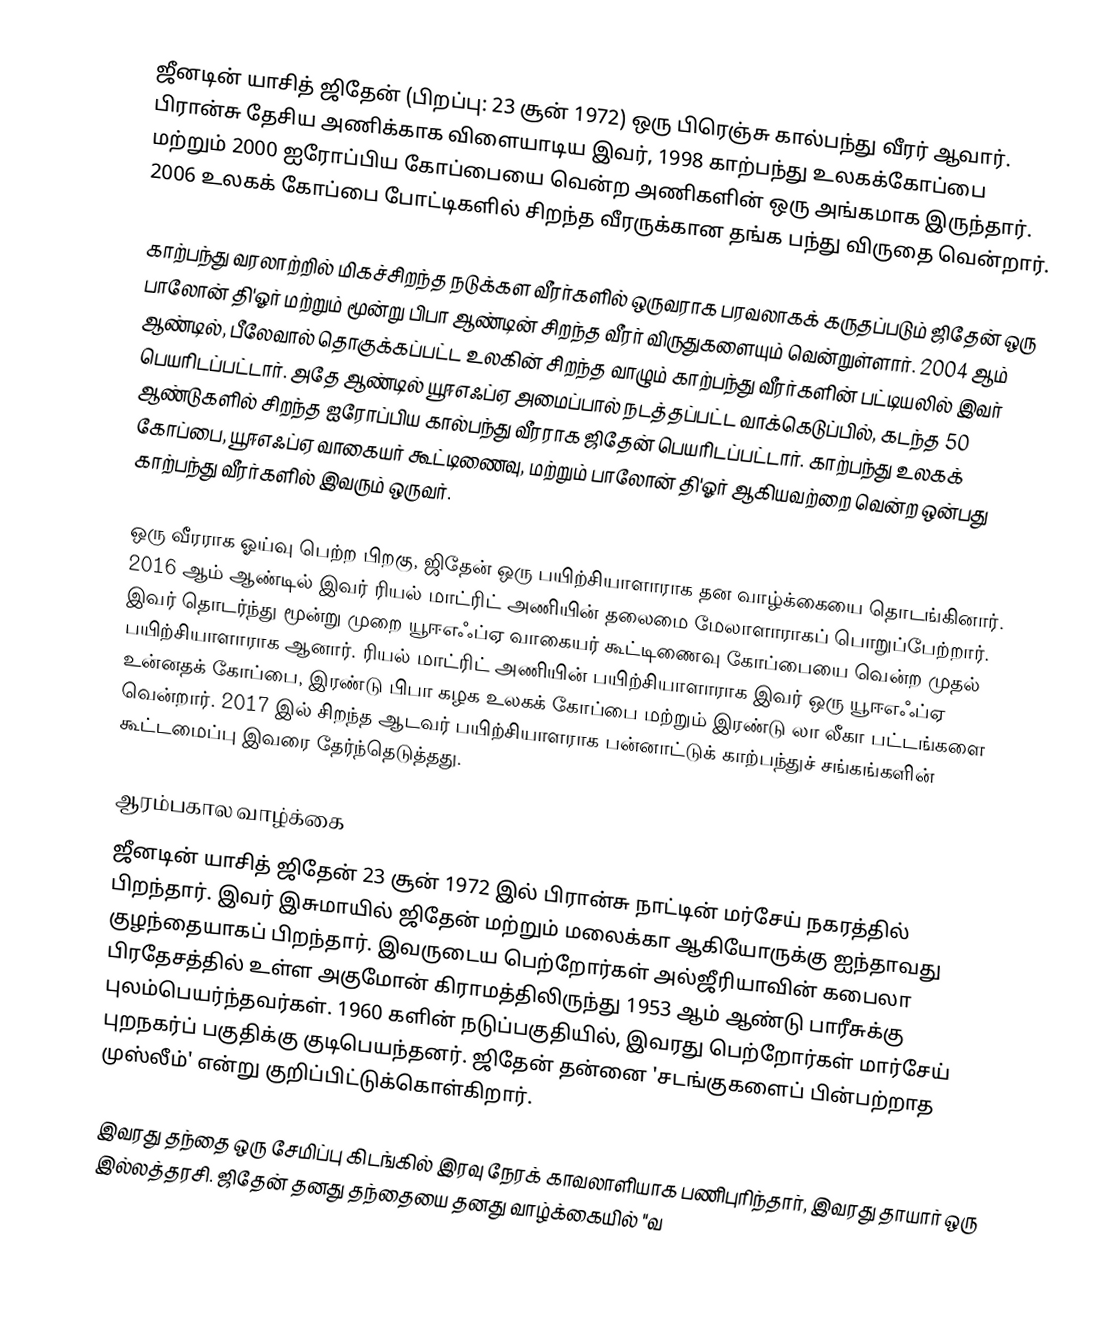
ஜீனடின் யாசித் ஜிதேன்  (பிறப்பு: 23 சூன் 1972) ஒரு பிரெஞ்சு கால்பந்து வீரர் ஆவார். பிரான்சு தேசிய அணிக்காக விளையாடிய இவர், 1998 காற்பந்து உலகக்கோப்பை மற்றும் 2000 ஐரோப்பிய கோப்பையை வென்ற அணிகளின் ஒரு அங்கமாக இருந்தார். 2006 உலகக் கோப்பை போட்டிகளில் சிறந்த வீரருக்கான தங்க பந்து விருதை வென்றார்.

காற்பந்து வரலாற்றில் மிகச்சிறந்த நடுக்கள வீரர்களில் ஒருவராக பரவலாகக் கருதப்படும் ஜிதேன் ஒரு பாலோன் தி'ஓர் மற்றும் மூன்று பிபா ஆண்டின் சிறந்த வீரர் விருதுகளையும் வென்றுள்ளார். 2004 ஆம் ஆண்டில், பீலேவால் தொகுக்கப்பட்ட உலகின் சிறந்த வாழும் காற்பந்து வீரர்களின் பட்டியலில் இவர் பெயரிடப்பட்டார். அதே ஆண்டில் யூஈஎஃப்ஏ அமைப்பால் நடத்தப்பட்ட வாக்கெடுப்பில், கடந்த 50 ஆண்டுகளில் சிறந்த ஐரோப்பிய கால்பந்து வீரராக ஜிதேன் பெயரிடப்பட்டார். காற்பந்து உலகக் கோப்பை, யூஈஎஃப்ஏ வாகையர் கூட்டிணைவு, மற்றும் பாலோன் தி'ஓர் ஆகியவற்றை வென்ற ஒன்பது காற்பந்து வீரர்களில் இவரும் ஒருவர்.

ஒரு வீரராக ஓய்வு பெற்ற பிறகு, ஜிதேன் ஒரு பயிற்சியாளாராக தன வாழ்க்கையை தொடங்கினார். 2016 ஆம் ஆண்டில் இவர் ரியல் மாட்ரிட் அணியின் தலைமை மேலாளாராகப் பொறுப்பேற்றார். இவர் தொடர்ந்து மூன்று முறை யூஈஎஃப்ஏ வாகையர் கூட்டிணைவு கோப்பையை வென்ற முதல் பயிற்சியாளாராக ஆனார். ரியல் மாட்ரிட் அணியின் பயிற்சியாளாராக இவர் ஒரு யூஈஎஃப்ஏ உன்னதக் கோப்பை, இரண்டு பிபா கழக உலகக் கோப்பை மற்றும் இரண்டு லா லீகா பட்டங்களை வென்றார். 2017 இல் சிறந்த ஆடவர் பயிற்சியாளராக பன்னாட்டுக் காற்பந்துச் சங்கங்களின் கூட்டமைப்பு இவரை தேர்ந்தெடுத்தது.

ஆரம்பகால வாழ்க்கை
ஜீனடின் யாசித் ஜிதேன் 23 சூன் 1972 இல் பிரான்சு நாட்டின் மர்சேய் நகரத்தில் பிறந்தார். இவர் இசுமாயில் ஜிதேன் மற்றும் மலைக்கா ஆகியோருக்கு ஐந்தாவது குழந்தையாகப் பிறந்தார். இவருடைய பெற்றோர்கள் அல்ஜீரியாவின் கபைலா பிரதேசத்தில் உள்ள அகுமோன் கிராமத்திலிருந்து 1953 ஆம் ஆண்டு பாரீசுக்கு புலம்பெயர்ந்தவர்கள். 1960 களின் நடுப்பகுதியில், இவரது பெற்றோர்கள் மார்சேய் புறநகர்ப் பகுதிக்கு குடிபெயந்தனர்.  ஜிதேன் தன்னை 'சடங்குகளைப் பின்பற்றாத முஸ்லீம்' என்று குறிப்பிட்டுக்கொள்கிறார்.

இவரது தந்தை ஒரு சேமிப்பு கிடங்கில் இரவு நேரக் காவலாளியாக பணிபுரிந்தார், இவரது தாயார் ஒரு இல்லத்தரசி. ஜிதேன் தனது தந்தையை தனது வாழ்க்கையில் "வ